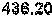
436.20